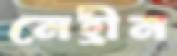
নেহ্রীন